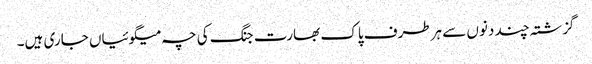
گزشتہ چند دنوں سے ہرطرف پاک بھارت جنگ کی چہ میگوئیاں جاری ہیں۔